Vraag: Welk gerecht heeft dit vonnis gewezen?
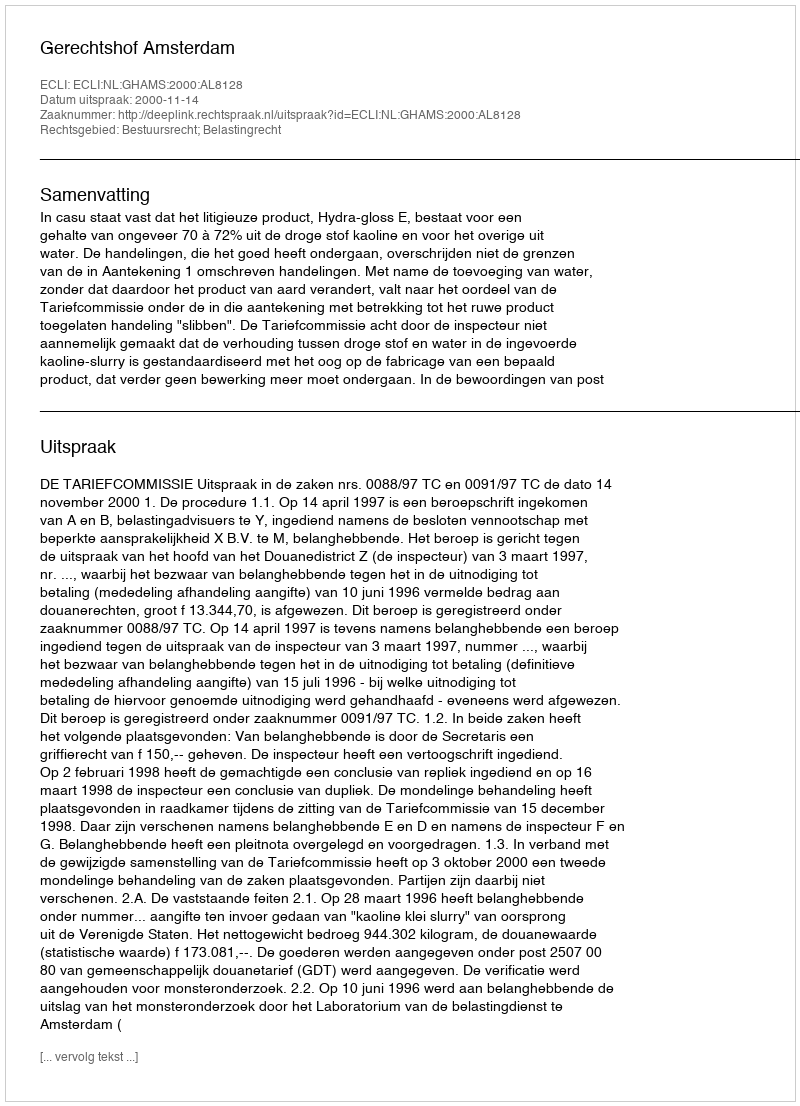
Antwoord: Gerechtshof Amsterdam